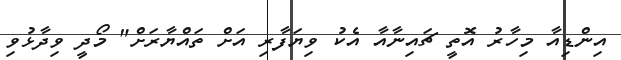
އިންޑިއާ މިހާރު އޮތީ ޗައިނާއާ އެކު ވިޔަފާރި އަށް ތައްޔާރަށް" މޯދީ ވިދާޅުވި